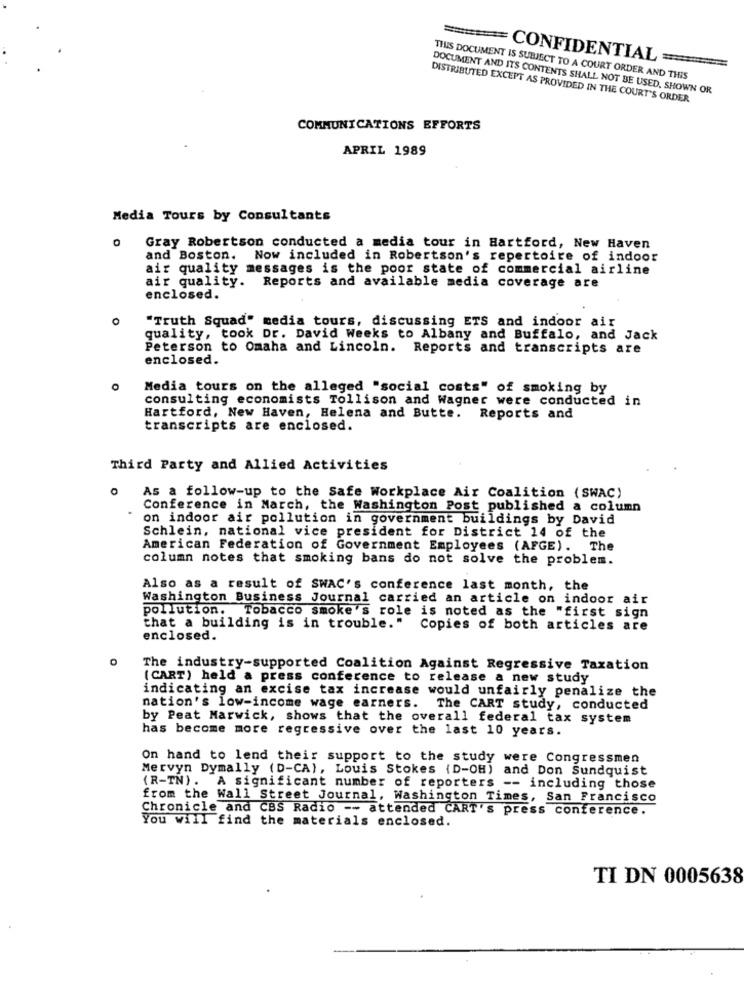
===== CONFIDENTIAL
THIS DOCUMENT IS SUBJECT TO A COURT ORDER AND THIS
DOCUMENT AND ITS CONTENTS SHALL NOT BE USED, SHOWN OR
DISTRIBUTED EXCEPT AS PROVIDED IN THE COURT'S ORDER
COMMUNICATIONS EFFORTS
APRIL 1989
Media Tours by Consultants
Gray Robertson conducted a media tour in Hartford, New Haven
and Boston. Now included in Robertson's repertoire of indoor
air quality messages is the poor state of commercial airline
air quality. Reports and available media coverage are
enclosed.
"Truth Squad" media tours, discussing ETS and indoor air
quality, took Dr. David Weeks to Albany and Buffalo, and Jack
Peterson to Omaha and Lincoln. Reports and transcripts are
enclosed.
Media tours on the alleged "social costs" of smoking by
consulting economists Tollison and Wagner were conducted in
Hartford, New Haven, Helena and Butte. Reports and
transcripts are enclosed.
Third Party and Allied Activities
As a follow-up to the Safe Workplace Air Coalition (SWAC)
Conference in March, the Washington Post published a column
on indoor air pollution in government buildings by David
Schlein, national vice president for District 14 of the
American Federation of Government Employees (AFGE). The
column notes that smoking bans do not solve the problem.
Also as a result of SWAC's conference last month, the
Washington Business Journal carried an article on indoor air
pollution. Tobacco smoke's role is noted as the "first sign
that a building is in trouble." Copies of both articles are
enclosed.
The industry-supported Coalition Against Regressive Taxation
( CART) held a press conference to release a new study
indicating an excise tax increase would unfairly penalize the
nation's low-income wage earners.
The CART study, conducted
by Peat Marwick, shows that the overall federal tax system
has become more regressive over the last 10 years.
On hand to lend their support to the study were Congressmen
Mervyn Dymally (D-CA), Louis Stokes (D-OH) and Don Sundquist
(R-TN). A significant number of reporters -- including those
from the Wall Street Journal, Washington Times, San Francisco
Chronicle and CBS Radio -- attended CART's press conference.
You will find the materials enclosed.
TI DN 0005638